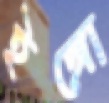
ইঙ্গো